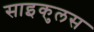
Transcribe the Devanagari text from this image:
साइकुलस